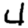
Digit: 4